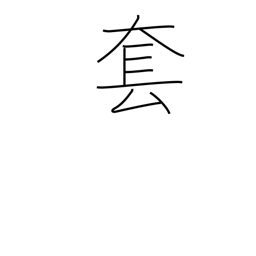
Meaning: hackneyed